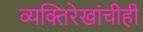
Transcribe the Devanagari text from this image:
व्यक्तिरेखांचीही